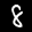
Label: 8